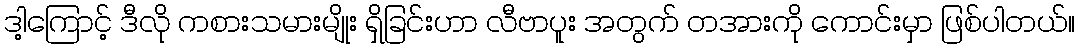
ဒါ့ကြောင့် ဒီလို ကစားသမားမျိုး ရှိခြင်းဟာ လီဗာပူး အတွက် တအားကို ကောင်းမှာ ဖြစ်ပါတယ်။